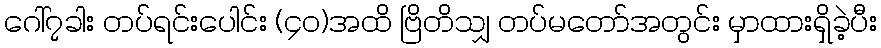
ဂေါ်၇ခါး တပ်ရင်းပေါင်း (၄၀)အထိ ဗြိတိသျှ တပ်မတော်အတွင်း မှာထားရှိခဲ့ပီး